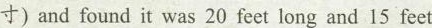
寸) and found it was 20 feet long and 15 feet